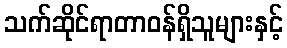
သက်ဆိုင်ရာတာဝန်ရှိသူများနှင့်